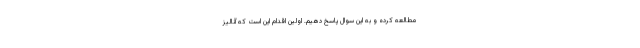
مطالعه کرده و به این سوال پاسخ دهیم. اولین اقدام این است که آنالیز